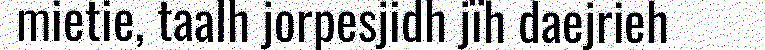
mietie, taalh jorpesjidh jïh daejrieh